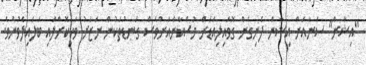
"އިޝާން" ސަނާއަށް އިޝާން ފެނިގެން ގޮވައިލިއަޑަށް މުސްކާންއަށްވެސް ގަނޑުތަކުން ނަޒަރު ވަކިކޮށްލައި ބަލައިލެވުނެވެ.